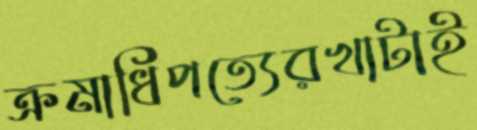
ক্রমাধিপত্যেরখাটাই